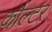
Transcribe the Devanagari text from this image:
कौल्टर